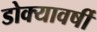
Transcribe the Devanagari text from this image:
डोक्यावर्षी